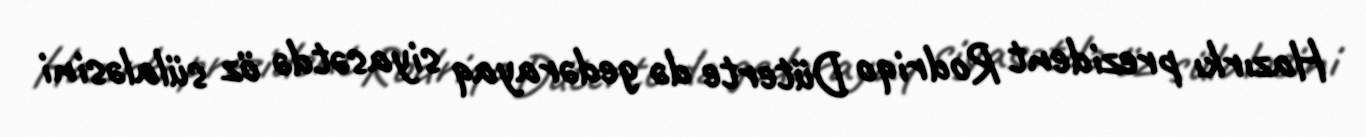
Hazırkı prezident Rodriqo Düterte də gedərayaq siyasətdə öz sülaləsini